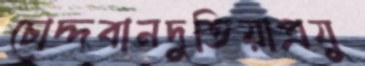
চোদ্দবানদুতিয়াপ্রযু